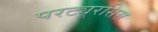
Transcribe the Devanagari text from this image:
परट्यूरसिस